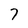
Character: 7